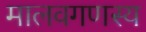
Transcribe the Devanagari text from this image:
मालवगणस्य